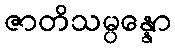
ဇာတိသမ္ပန္နော